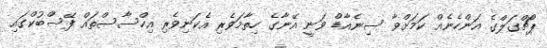
ޕޯޗްގަލްގެ އަންހެނެއް ކަމަށްވާ ސިނެއާޑް ވަނީ އޭނާގެ ހިތާމަވެރި އެކަނިވެރި އިހްސާސްތައް ފޭސްބުކްގައި